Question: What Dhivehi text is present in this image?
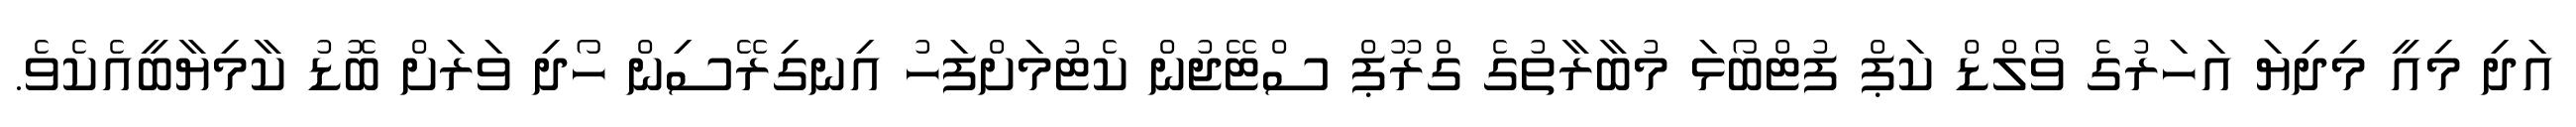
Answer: އަދި މިއީ މިދިޔަ އަހަރުގެ ވޯލްޑް ކަޕް ފުޓްބޯޅަ މުބާރާތުގެ ގްރޫޕް ސްޓޭޖުން ކެޓުމަށްފަހު އިނގިރޭސިން ހޯދި ވަރަށް ބޮޑު ކާމިޔާބީއެކެވެ.